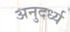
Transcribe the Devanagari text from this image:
अनुदर्ध्य